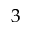
3